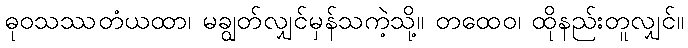
ဓုဝသဿတံယထာ၊ မချွတ်လျှင်မှန်သကဲ့သို့။ တထေဝ၊ ထိုနည်းတူလျှင်။